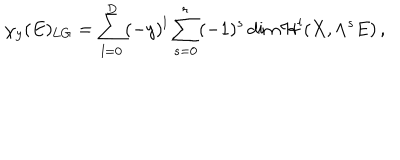
\chi _ { y } ( E ) _ { \mathrm { L G } } = \sum _ { l = 0 } ^ { D } ( - y ) ^ { l } \sum _ { s = 0 } ^ { r } ( - 1 ) ^ { s } \dim { \cal H } ^ { l } ( X , \wedge ^ { s } E ) \, ,